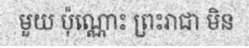
មួយ ប៉ុណ្ណោះ ព្រះរាជា មិន